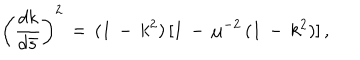
LaTeX: \left( \frac { d k } { d \bar { s } } \right) ^ { 2 } \, = \, ( 1 \, - \, k ^ { 2 } ) \, [ 1 \, - \, \mu ^ { - 2 } \, ( 1 \, - \, k ^ { 2 } ) ] \, { , }